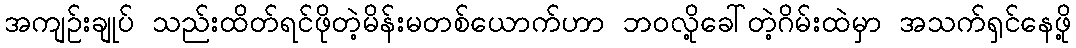
အကျဉ်းချုပ် သည်းထိတ်ရင်ဖိုတဲ့မိန်းမတစ်ယောက်ဟာ ဘဝလို့ခေါ်တဲ့ဂိမ်းထဲမှာ အသက်ရှင်နေဖို့